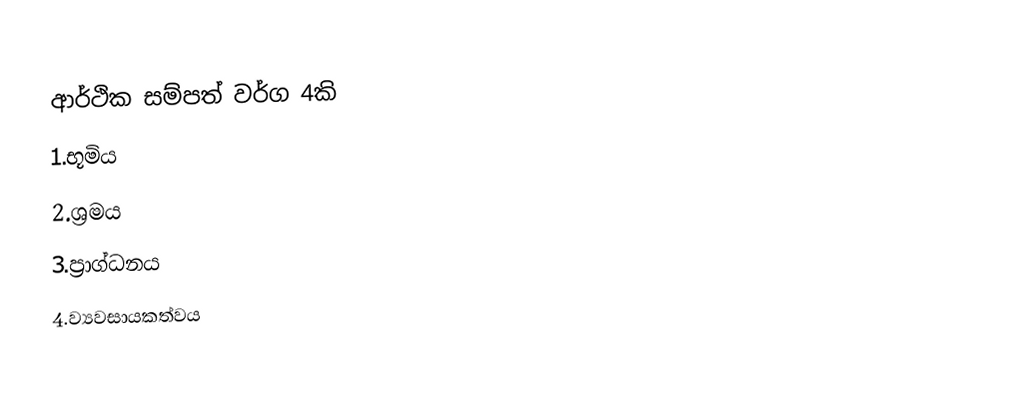
ආර්ථික සම්පත් වර්ග 4කි
1.භූමිය
2.ශ්‍රමය
3.ප්‍රාග්ධනය
4.ව්‍යවසායකත්වය